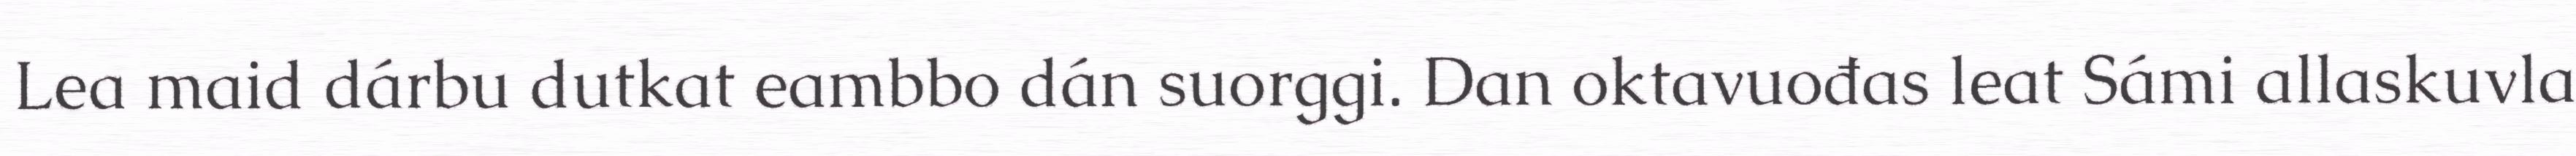
Lea maid dárbu dutkat eambbo dán suorggi. Dan oktavuođas leat Sámi allaskuvla